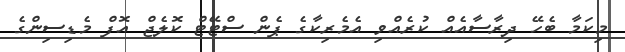
މިކަމާ ބެހޭ ދިރާސާއެއް ކުރެއްވި އެމެރިކާގެ ޕެން ސްޓޭޓް ކޮލެޖް އޮފް މެޑިސިންގެ